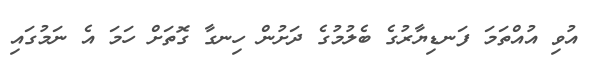
އުވި އުއްތަމަ ފަނޑިޔާރުގެ ބެލުމުގެ ދަށުން ހިނގާ ގޮތަށް ހަމަ އެ ނަމުގައި